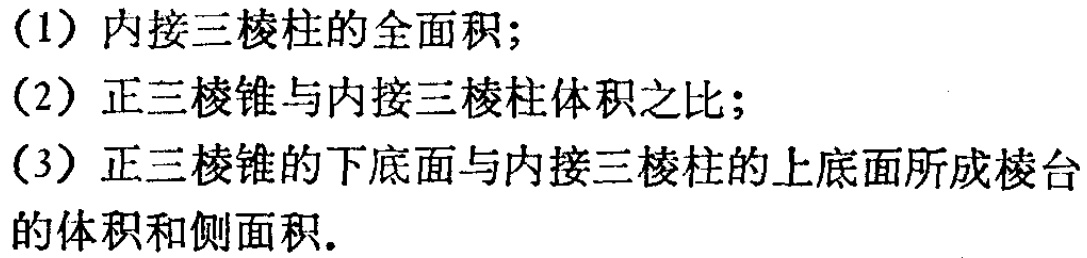
（1）内接三棱柱的全面积；
（2）正三棱锥与内接三棱柱体积之比；
（3）正三棱锥的下底面与内接三棱柱的上底面所成棱台的体积和侧面积.